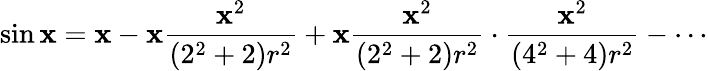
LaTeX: \sin\mathbf{x}=\mathbf{x}-\mathbf{x}{\frac{{\mathbf{x}^{2}}}{{(2^{2}+2)r^{2}}}}+\mathbf{x}{\frac{{\mathbf{x}^{2}}}{{(2^{2}+2)r^{2}}}}\cdot{\frac{{\mathbf{x}^{2}}}{{(4^{2}+4)r^{2}}}}-\cdots